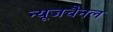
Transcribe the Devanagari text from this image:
न्यूजचैनल